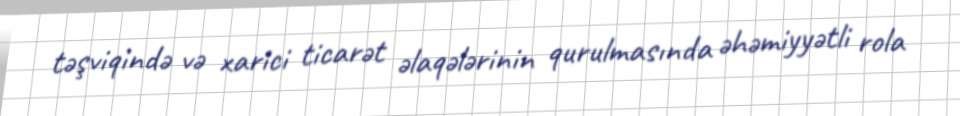
təşviqində və xarici ticarət əlaqələrinin qurulmasında əhəmiyyətli rola